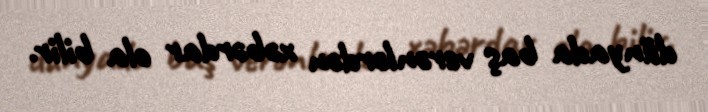
dünyada baş verənlərdən xəbərdar ola bilir.